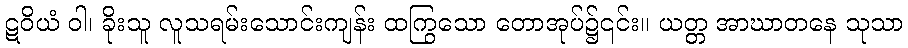
ဋဝိယံ ဝါ၊ ခိုးသူ လူသရမ်းသောင်းကျန်း ထကြွသော တောအုပ်၌၎င်း။ ယတ္တ အာဃာတနေ သုသာ